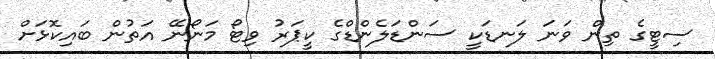
ސިޓީގެ ތިން ވަނަ ލަނޑަކީ ސަންޑަލެންޑްގެ ކީޕަރު ވިޓޯ މަނޯނޭ އަތުން ބައިކޮޅަށް